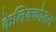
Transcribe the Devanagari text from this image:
केलिक्कोडन